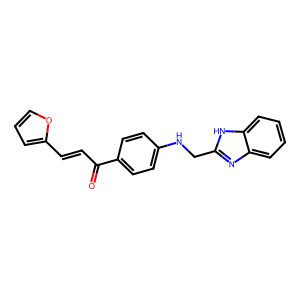
SMILES: O=C(C=Cc1ccco1)c1ccc(NCc2nc3ccccc3[nH]2)cc1
Inhibits HIV replication: No